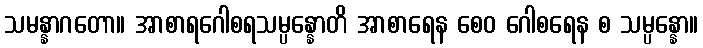
သမန္နာဂတော။ အာစာရဂေါစရသမ္ပန္နောတိ အာစာရေန စေဝ ဂေါစရေန စ သမ္ပန္နော။